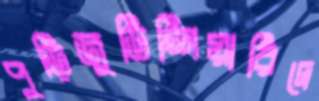
পুড়িজুডিশিয়ারিদে